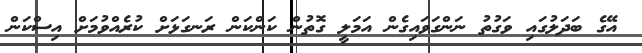
އޭގެ ބަދަލުގައި ވަގުތު ނަންގަވައިގެން އަމަލީ ގޮތުން ކަންކަން ރަނގަޅަށް ކުރެއްވުމަށް އިސްކަން